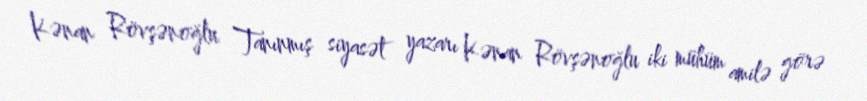
Kənan Rövşənoğlu Tanınmış siyasət yazarı Kənan Rövşənoğlu iki mühüm amilə görə